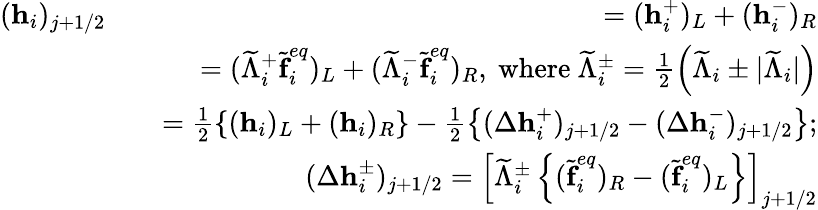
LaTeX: \begin{array}{rlr}{(\textbf{h}_{i})_{j+1/2}}&{}&{=(\textbf{h}_{i}^{+})_{L}+(\textbf{h}_{i}^{-})_{R}}\\ &{}&{=(\widetilde{\Lambda}_{i}^{+}\widetilde{\textbf{f}}_{i}^{eq})_{L}+(\widetilde{\Lambda}_{i}^{-}\widetilde{\textbf{f}}_{i}^{eq})_{R}\mathrm{,~where~}\widetilde{\Lambda}_{i}^{\pm}=\frac{1}{2}\left(\widetilde{\Lambda}_{i}\pm|\widetilde{\Lambda}_{i}|\right)}\\ &{}&{=\frac{1}{2}\left\{ (\textbf{h}_{i})_{L}+(\textbf{h}_{i})_{R}\right\} -\frac{1}{2}\left\{ (\Delta\textbf{h}_{i}^{+})_{j+1/2}-(\Delta\textbf{h}_{i}^{-})_{j+1/2}\right\} ;}\\ &{}&{(\Delta\textbf{h}_{i}^{\pm})_{j+1/2}=\left[\widetilde{\Lambda}_{i}^{\pm}\left\{ (\widetilde{\textbf{f}}_{i}^{eq})_{R}-(\widetilde{\textbf{f}}_{i}^{eq})_{L}\right\} \right]_{j+1/2}}\end{array}